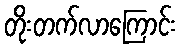
တိုးတက်လာကြောင်း